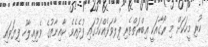
ކުރި މީހަކަށް މި ރޯގާއަކީ ޢިބްރަތްތެރި ފިލާވަޅެއްކަމުގައި ފުދެއެވެ. ކާއިނާތުގެ ވެރިއިލާހު ފިޔަވައި